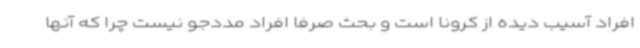
افراد آسیب دیده از کرونا است و بحث صرفا افراد مددجو نیست چرا که آنها